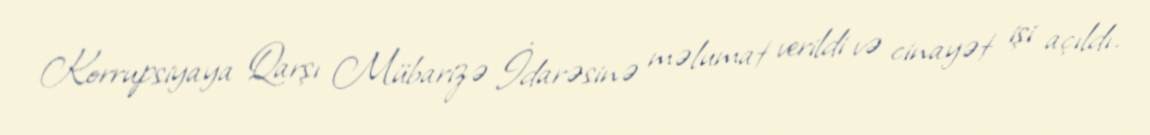
Korrupsiyaya Qarşı Mübarizə İdarəsinə məlumat verildi və cinayət işi açıldı.